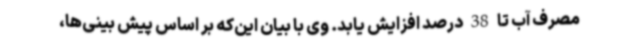
مصرف آب تا 38 درصد افزایش یابد. وی با بیان این‌که بر اساس پیش بینی‌ها،